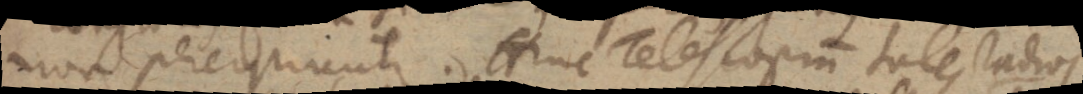
non percipiuntur. Hinc Telescopium tales radios